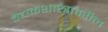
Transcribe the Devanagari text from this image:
वैद्यकशास्त्रावरील